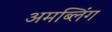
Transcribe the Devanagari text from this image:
अमब्लिंग